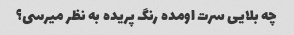
چه بلایی سرت اومده رنگ پریده به نظر میرسی؟